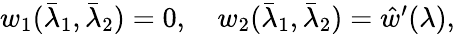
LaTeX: \begin{array}{r}{w_{1}(\bar{\lambda}_{1},\bar{\lambda}_{2})=0,\quad w_{2}(\bar{\lambda}_{1},\bar{\lambda}_{2})=\hat{w}^{\prime}(\lambda),}\end{array}